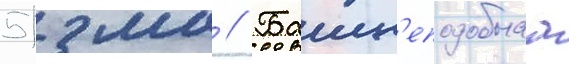
51 мм // Башн'еподобнаа